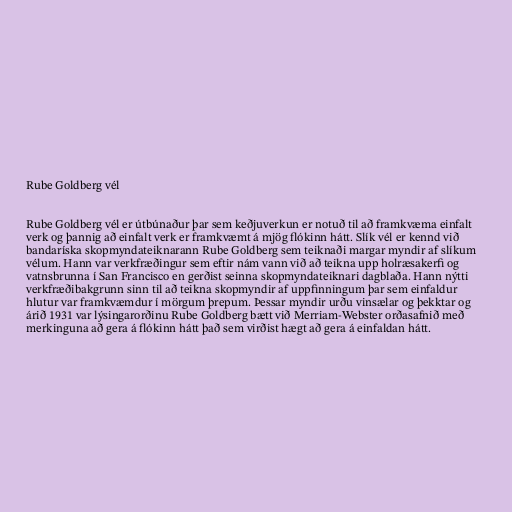
Rube Goldberg vél

Rube Goldberg vél er útbúnaður þar sem keðjuverkun er notuð til að framkvæma einfalt
verk og þannig að einfalt verk er framkvæmt á mjög flókinn hátt. Slík vél er kennd við
bandaríska skopmyndateiknarann Rube Goldberg sem teiknaði margar myndir af slíkum
vélum. Hann var verkfræðingur sem eftir nám vann við að teikna upp holræsakerfi og
vatnsbrunna í San Francisco en gerðist seinna skopmyndateiknari dagblaða. Hann nýtti
verkfræðibakgrunn sinn til að teikna skopmyndir af uppfinningum þar sem einfaldur
hlutur var framkvæmdur í mörgum þrepum. Þessar myndir urðu vinsælar og þekktar og
árið 1931 var lýsingarorðinu Rube Goldberg bætt við Merriam-Webster orðasafnið með
merkinguna að gera á flókinn hátt það sem virðist hægt að gera á einfaldan hátt.